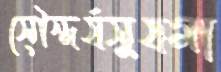
সৌন্দর্যসুষমা